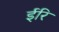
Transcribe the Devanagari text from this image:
ईरि